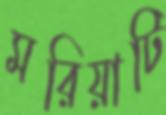
মরিয়াটি